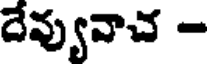
దేవ్యువాచ -